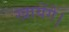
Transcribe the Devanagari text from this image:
खायेंगे।